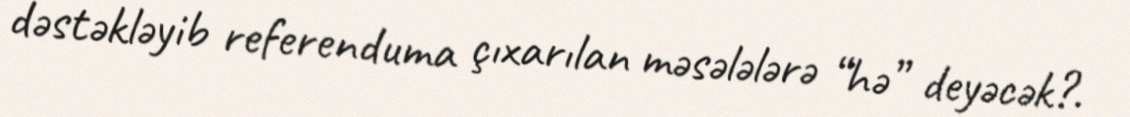
dəstəkləyib referenduma çıxarılan məsələlərə “hə” deyəcək?.